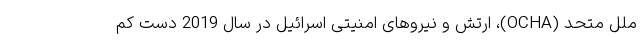
ملل متحد (OCHA)، ارتش و نیروهای امنیتی اسرائیل در سال 2019 دست کم